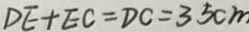
D E + E C = D C = 3 5 c m